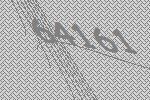
64161